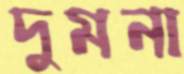
দুমনা